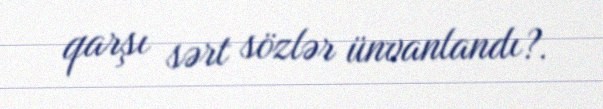
qarşı sərt sözlər ünvanlandı?.